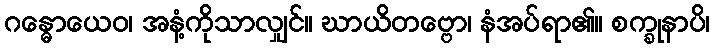
ဂန္ဓောယေဝ၊ အနံ့ကိုသာလျှင်။ ဃာယိတဗ္ဗော၊ နံအပ်ရာ၏။ စက္ခုနာပိ၊